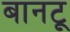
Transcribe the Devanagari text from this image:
बानटू